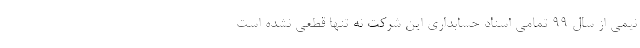
نیمی از سال ۹۹ تمامی اسناد حسابداری این شرکت نه تنها قطعی نشده است